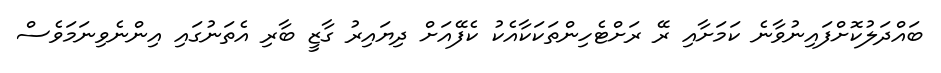
ބައްދަލުކޮށްފައިނުވާނެ ކަމަށާއި ރޭ ރަށްޓެހިންތަކަކާއެކު ކެފޭއަށް ދިޔައިރު ގާޒީ ބާރި އެތަނުގައި އިންނެވިނަމަވެސް